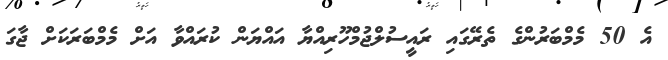
އެ 50 މެމްބަރުންގެ ތެރޭގައި ރައީސުލްޖުމްހޫރިއްޔާ އައްޔަން ކުރައްވާ އަށް މެމްބަރަކަށް ޖާގަ